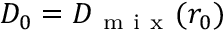
D _ { 0 } = D _ { \mathrm { ~ m ~ i ~ x ~ } } ( r _ { 0 } )